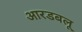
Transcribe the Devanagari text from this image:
आरडबलू